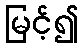
မြင့်၍